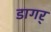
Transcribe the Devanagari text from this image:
डागर्